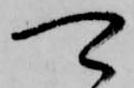
可